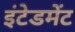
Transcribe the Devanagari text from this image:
इंटेडमेंट